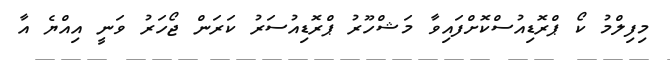
މިފިލްމު ކޯ ޕްރޮޑިއުސްކޮށްފައިވާ މަޝްހޫރު ޕްރޮޑިއުސަރު ކަރަން ޖޯހަރު ވަނީ އިއްޔެ އާ